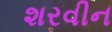
શરવીન